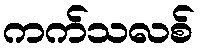
ကက်သလစ်